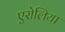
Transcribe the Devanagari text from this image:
एरोलिया